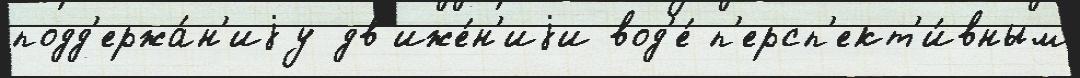
подд'ержа́н'иjу дв'иже́н'иjи вод'е́ п'ерсп'ект'и́вным